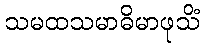
သမထသမာဓိမာဖုသိံ